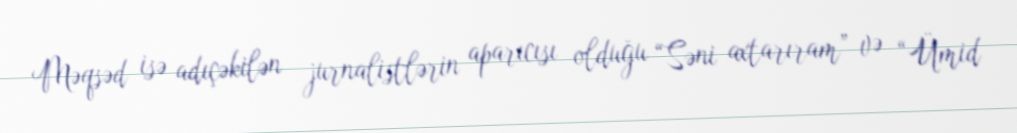
Məqsəd isə adıçəkilən jurnalistlərin aparıcısı olduğu “Səni axtarıram” və “Ümid